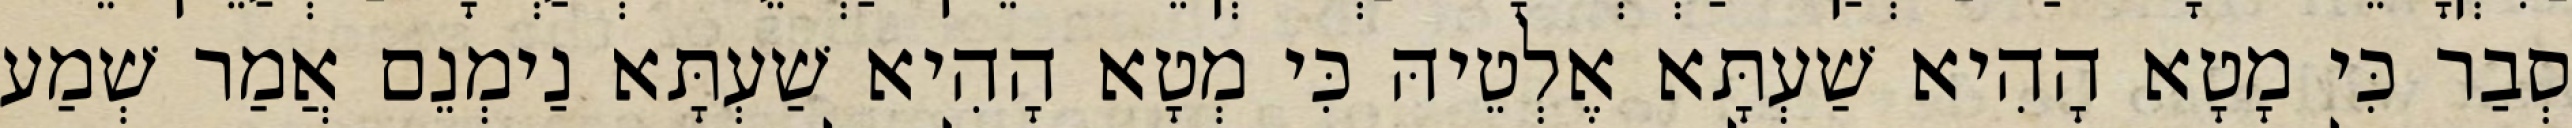
סְבַר כִּי מָטָא הָהִיא שַׁעְתָּא אֶלְטֵיהּ כִּי מְטָא הָהִיא שַׁעְתָּא נַימְנֵם אֲמַר שְׁמַע